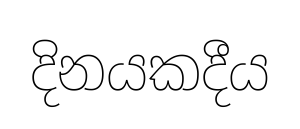
දිනයකදීය